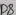
Text: D8